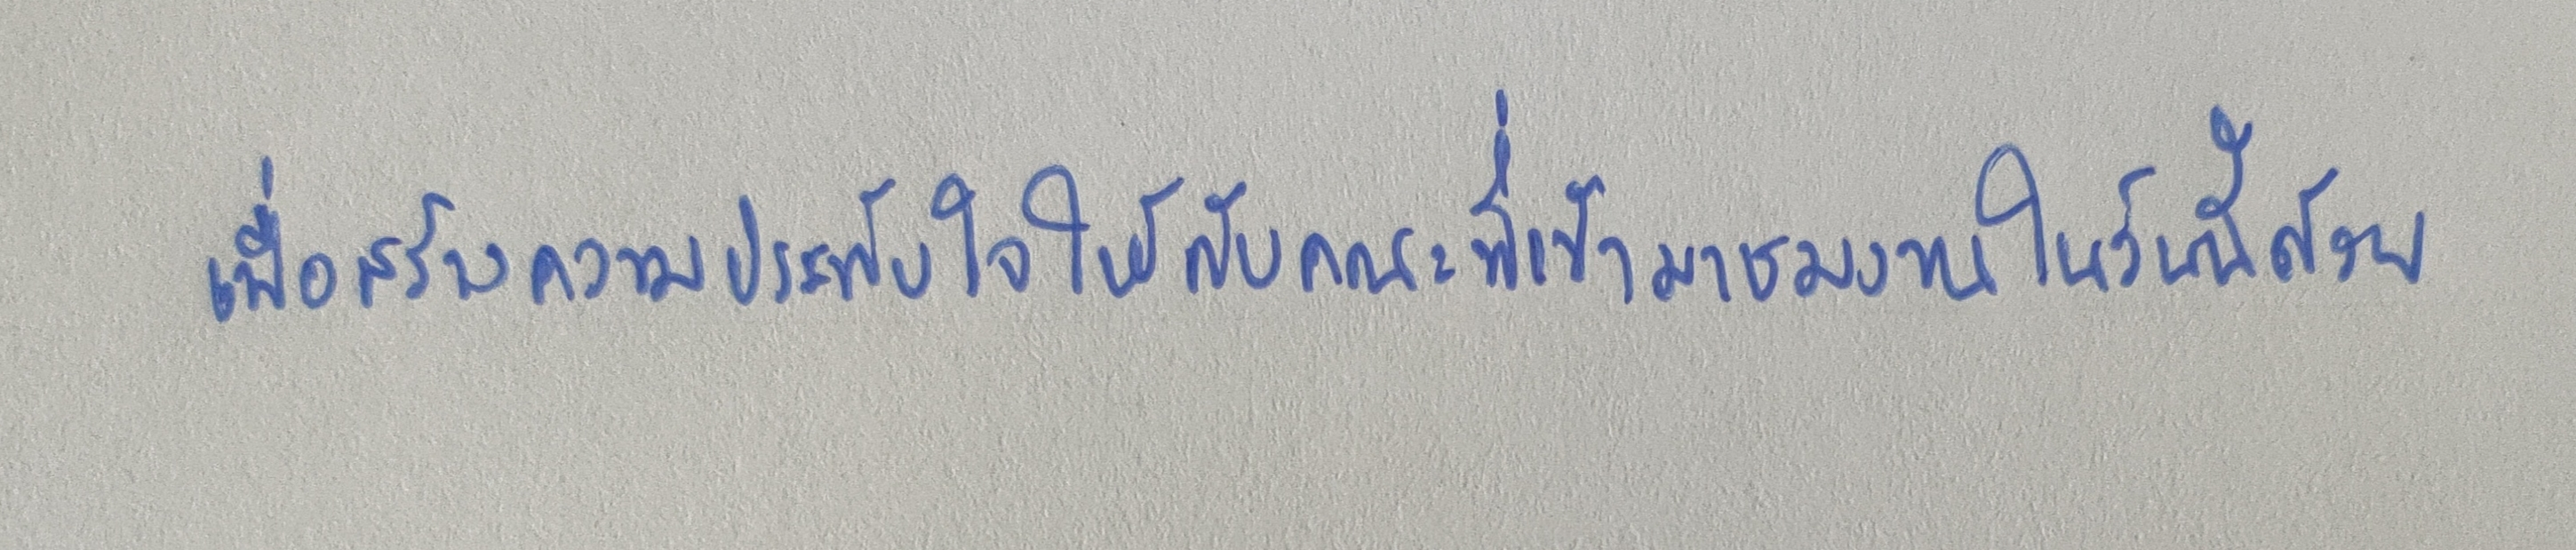
เพื่อสร้างความประทับใจให้กับคณะที่เข้ามาชมงานในวันนี้ด้วย